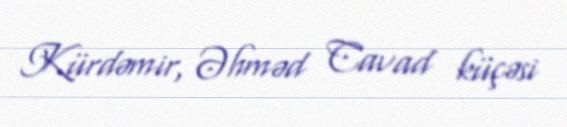
Kürdəmir, Əhməd Cavad küçəsi